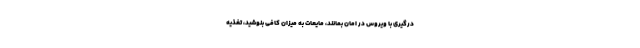
درگیری با ویروس در امان بمانند، مایعات به میزان کافی بنوشید، تغذیه